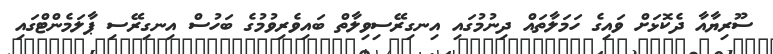
ސޫރިޔާއާ ދެކޮޅަށް ވައިގެ ހަމަލާތައް ދިނުމުގައި އިނގިރޭސިވިލާތް ބައިވެރިވުމުގެ ބަހުސް އިނގިރޭސި ޕާލަމެންޓްގައި